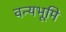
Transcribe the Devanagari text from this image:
वन्यभूमि